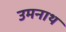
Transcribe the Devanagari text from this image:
उमनाथ